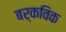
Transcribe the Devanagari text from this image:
बर्कविक